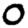
Digit: 0